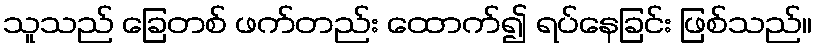
သူသည် ခြေတစ် ဖက်တည်း ထောက်၍ ရပ်နေခြင်း ဖြစ်သည်။